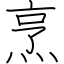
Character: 烹